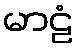
မာဠံ